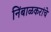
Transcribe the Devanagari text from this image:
निंबाळकरांचे